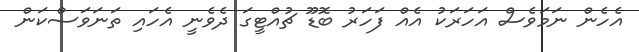
އެހެން ނަމަވެސް އަހަރަކު އެއް ފަހަރު ބޮޑޫ ޗުއްޓީގަ ދެވެނީ އެހައި ތަނަވަސްކަން